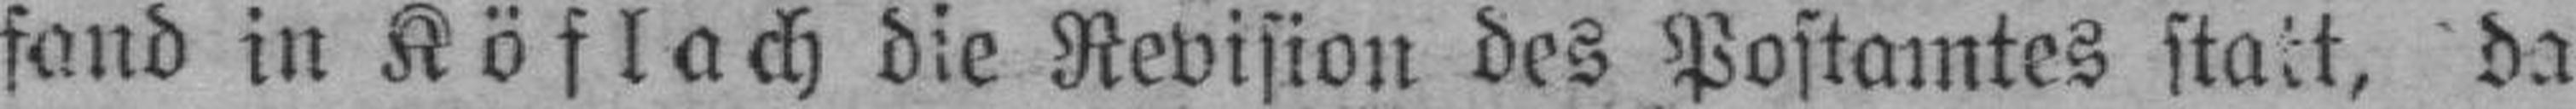
fand in Köflach die Revision des Postamtes statt, da